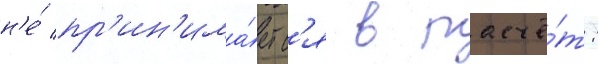
н'е́ пр'ин'има́етс'я в расчё́т: